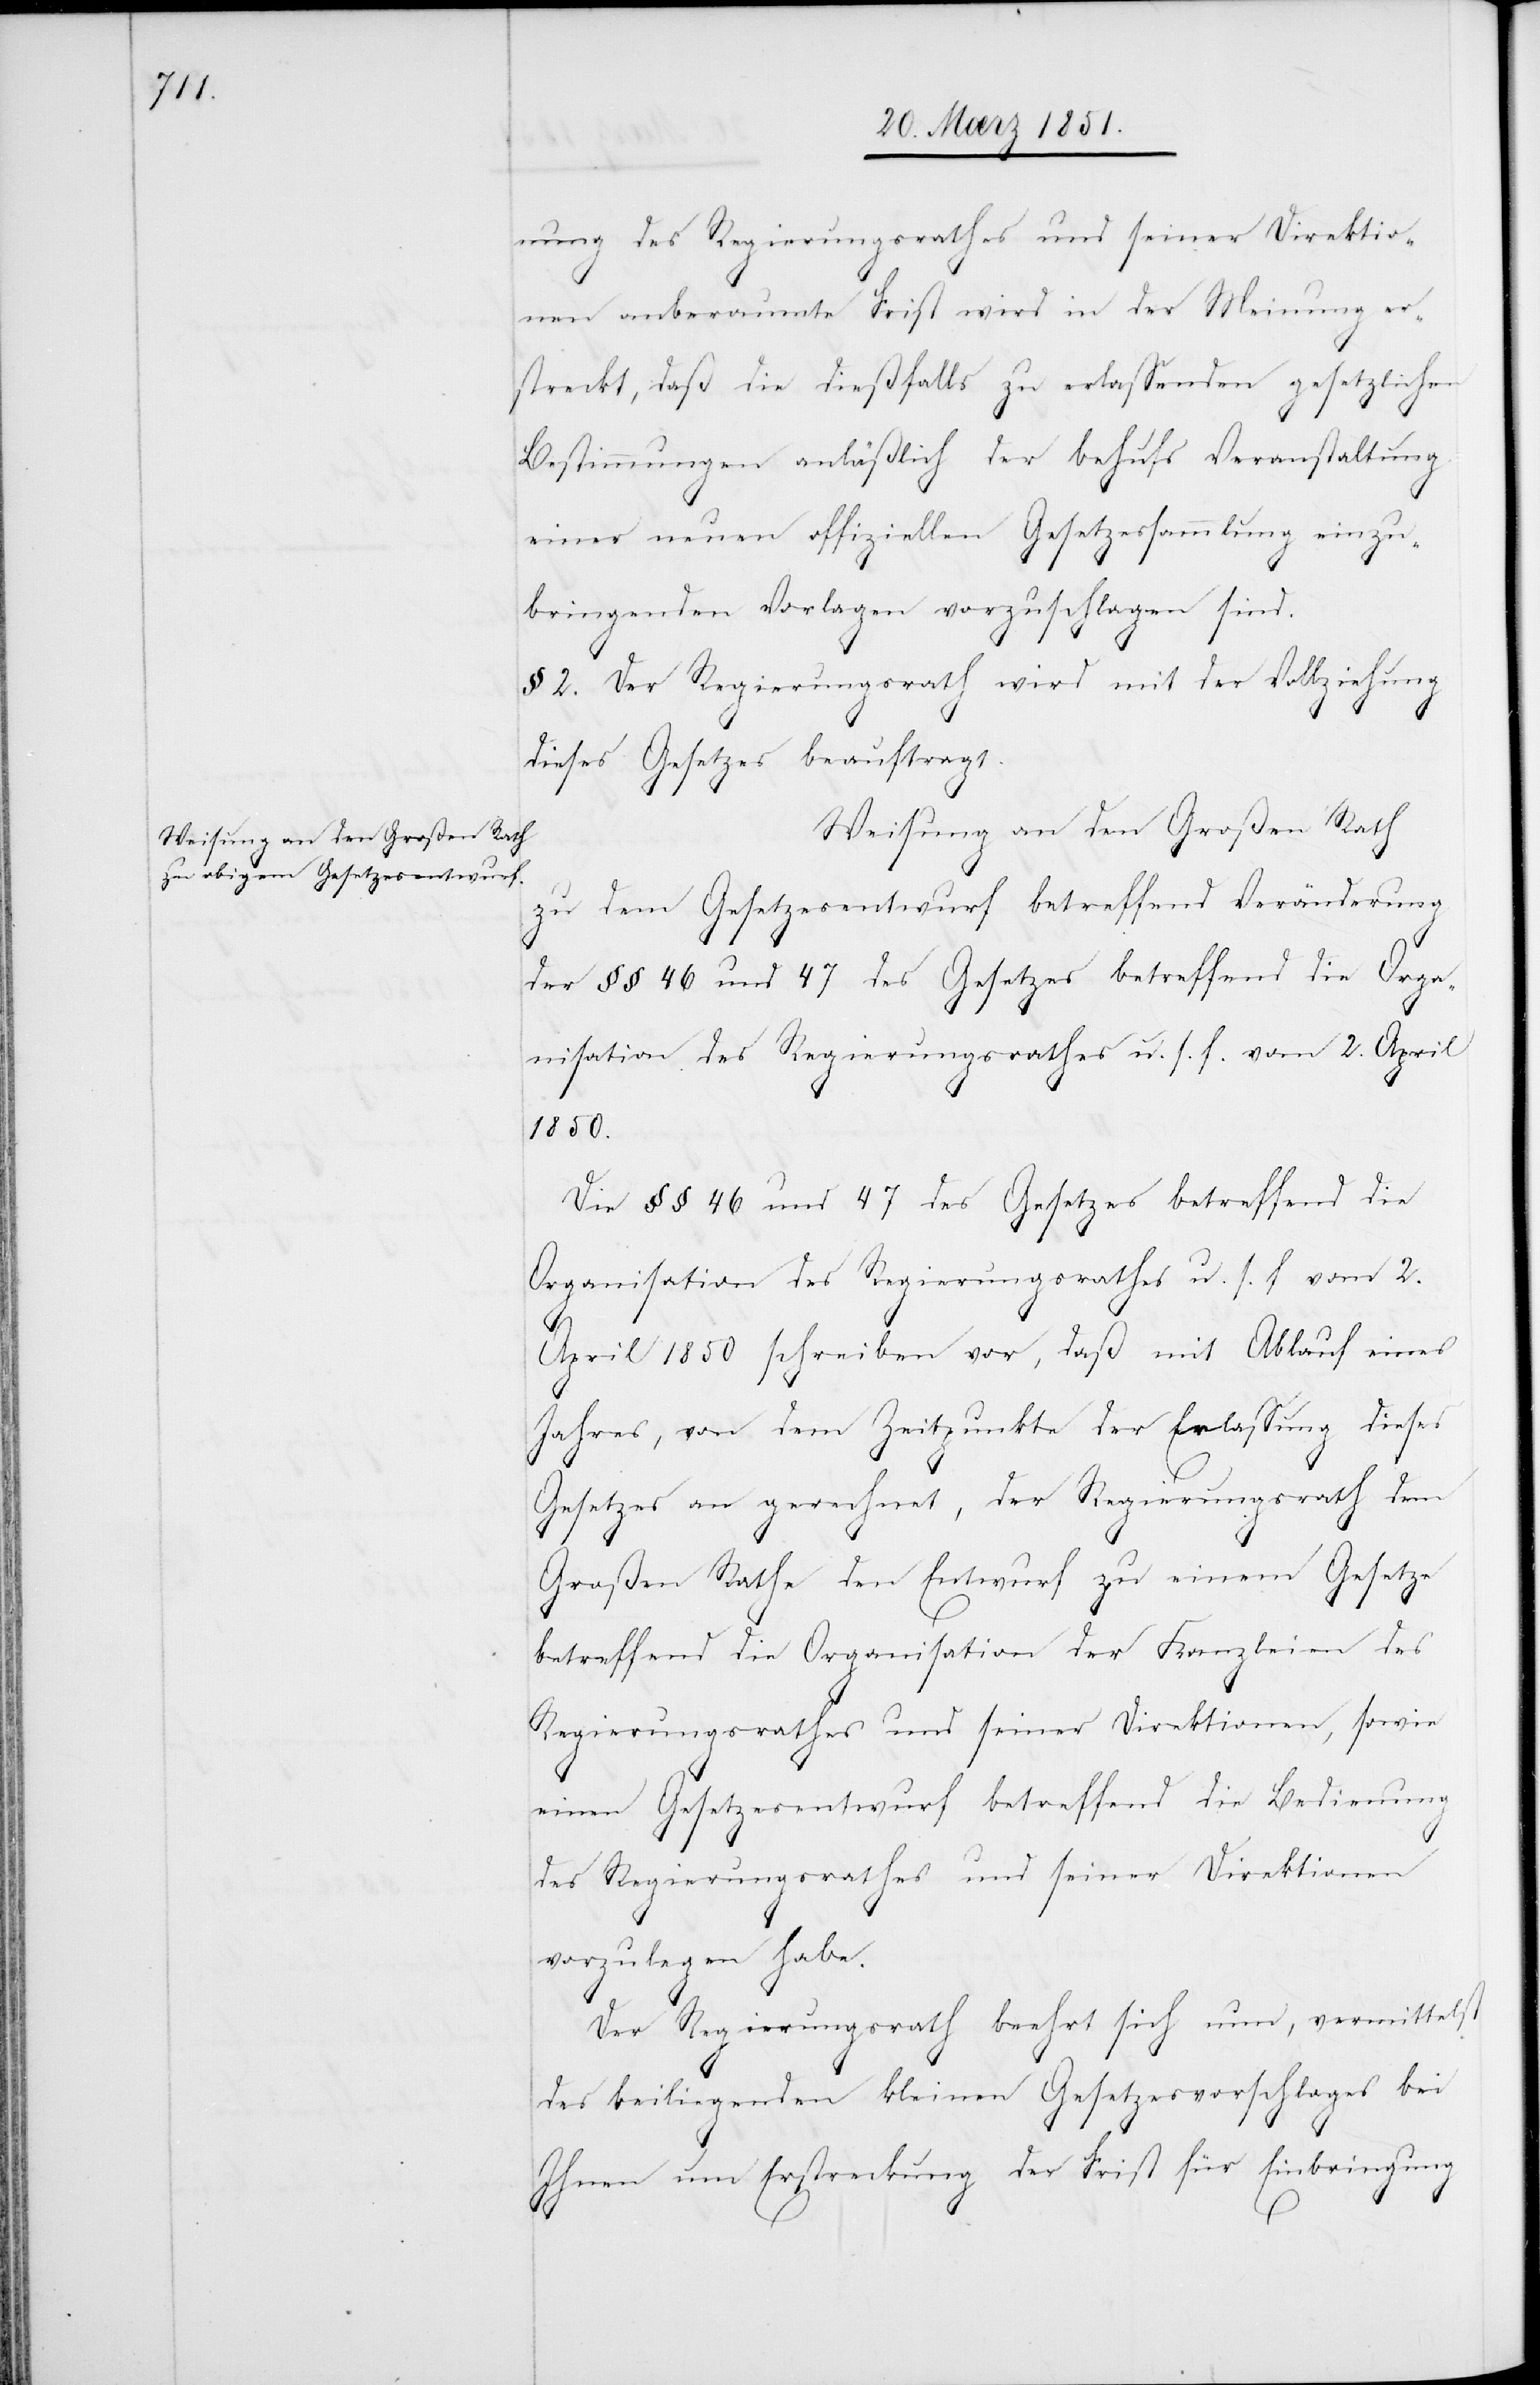
nung des Regierungsrathes und seiner Direktio¬
nen anberaumte Frist wird in der Meinung er¬
streckt, daß die dießfalls zu erlassenden gesetzlichen
Bestimmungen anläßlich der behufs Veranstaltung
einer neuen offiziellen Gesetzessammlung einzu¬
bringenden Vorlagen vorzuschlagen sind.
§ 2. Der Regierungsrath wird mit der Vollziehung
dieses Gesetzes beauftragt.
Weisung an den Großen Rath
zu dem Gesetzesentwurf betreffend Veränderung
der §§ 46 und 47 des Gesetzes betreffend die Orga¬
nisation des Regierungsrathes u. s. f. vom 2. April
1850.
Die §§ 46 und 47 des Gesetzes betreffend die
Organisation des Regierungsrathes u. s. f. vom 2.
April 1850 schreiben vor, daß mit Ablauf eines
Jahres, von dem Zeitpunkte der Erlassung dieses
Gesetzes an gerechnet, der Regierungsrath dem
Großen Rathe den Entwurf zu einem Gesetze
betreffend die Organisation der Kanzleien des
Regierungsrathes und seiner Direktionen, sowie
einen Gesetzesentwurf betreffend die Bedienung
des Regierungsrathes und seiner Direktionen
vorzulegen habe.
Der Regierungsrath beehrt sich nun, vermittelst
des beiliegenden kleinen Gesetzesvorschlages bei
Ihnen um Erstreckung der Frist für Einbringung